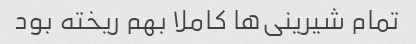
تمام شیرینی‌ها کاملا بهم ریخته بود